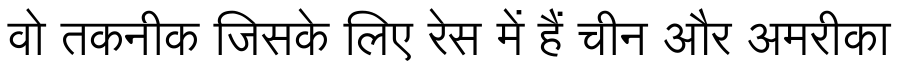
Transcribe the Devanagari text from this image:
वो तकनीक जिसके लिए रेस में हैं चीन और अमरीका